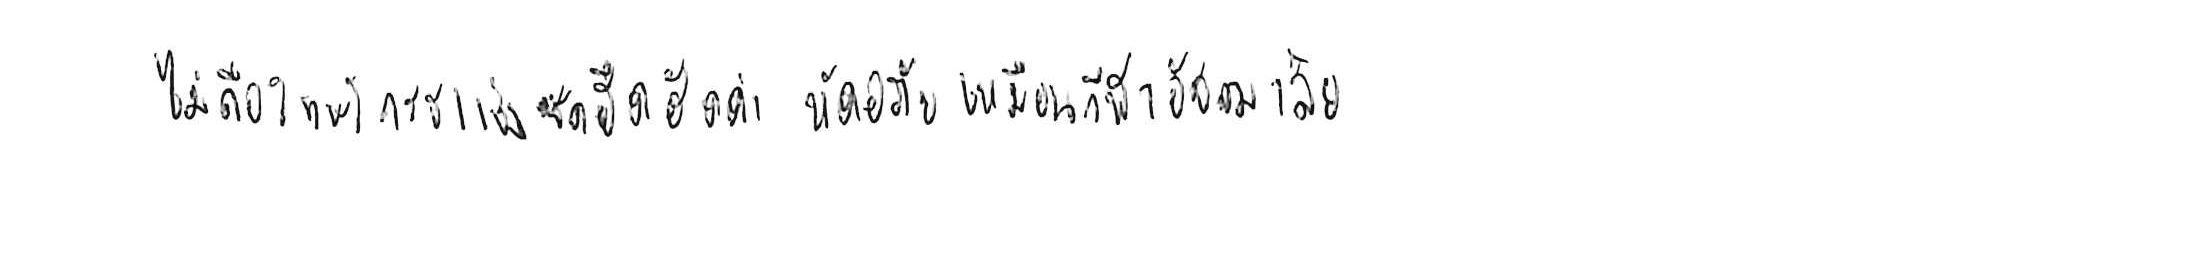
ไม่ถือโทษโกรธแช่งซัดฮึดฮัดด่า หัดอภัยเหมือนกีฬาอัชฌาสัย